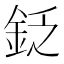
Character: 𨥧